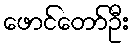
ဖောင်တော်ဦး